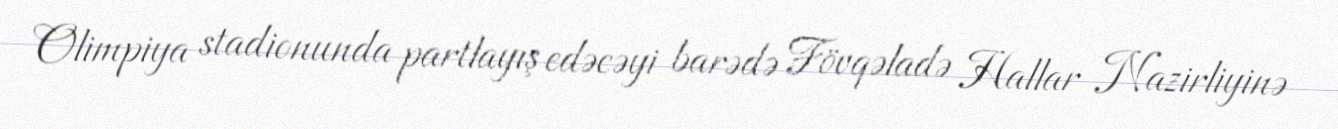
Olimpiya stadionunda partlayış edəcəyi barədə Fövqəladə Hallar Nazirliyinə